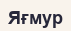
Яғмур